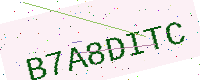
Text: B7A8DITC